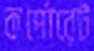
কর্পোরেট